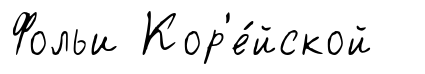
Фольи Кор'е́йской